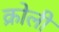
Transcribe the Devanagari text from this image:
क्रोली